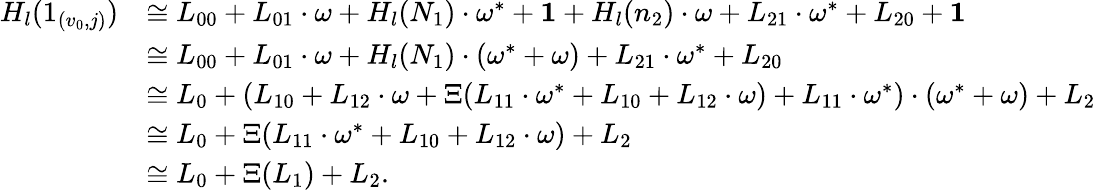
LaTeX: \begin{array}{rl}{H_{l}(1_{(v_{0},j)})}&{\cong L_{00}+L_{01}\cdot\omega+H_{l}(N_{1})\cdot\omega^{*}+\mathbf 1+H_{l}(n_{2})\cdot\omega+L_{21}\cdot\omega^{*}+L_{20}+\mathbf 1}\\ &{\cong L_{00}+L_{01}\cdot\omega+H_{l}(N_{1})\cdot(\omega^{*}+\omega)+L_{21}\cdot\omega^{*}+L_{20}}\\ &{\cong L_{0}+(L_{10}+L_{12}\cdot\omega+\Xi(L_{11}\cdot\omega^{*}+L_{10}+L_{12}\cdot\omega)+L_{11}\cdot\omega^{*})\cdot(\omega^{*}+\omega)+L_{2}}\\ &{\cong L_{0}+\Xi(L_{11}\cdot\omega^{*}+L_{10}+L_{12}\cdot\omega)+L_{2}}\\ &{\cong L_{0}+\Xi(L_{1})+L_{2}.}\end{array}